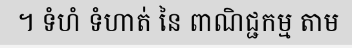
។ ទំហំ ទំហាត់ នៃ ពាណិជ្ជកម្ម តាម